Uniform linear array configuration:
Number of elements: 8
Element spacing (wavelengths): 0.75
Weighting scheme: binomial
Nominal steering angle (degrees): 60
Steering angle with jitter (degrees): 59.687
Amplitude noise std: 0.05
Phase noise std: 0.05

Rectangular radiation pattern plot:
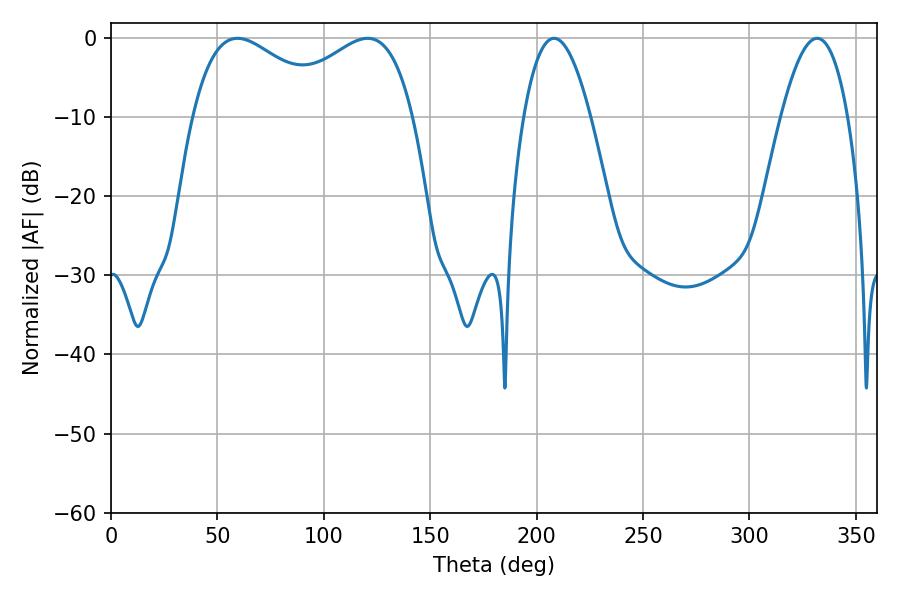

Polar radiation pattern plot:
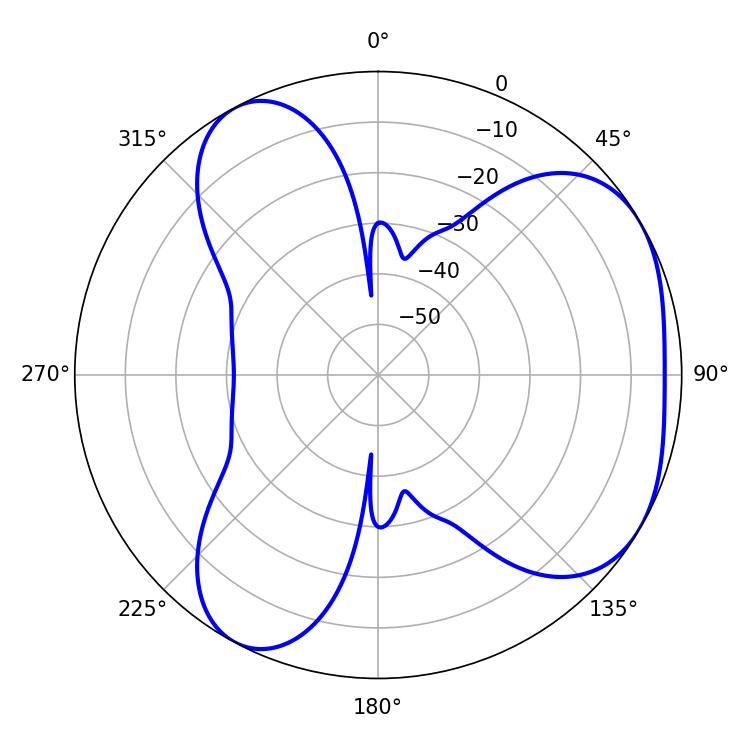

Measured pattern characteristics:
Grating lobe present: TRUE
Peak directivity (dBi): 4.332
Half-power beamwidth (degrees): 36.18
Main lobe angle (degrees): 59.4